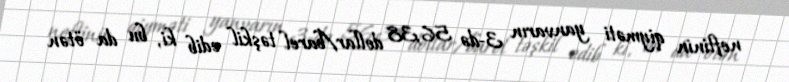
neftinin qiyməti yanvarın 3-də 56,38 dollar/barel təşkil edib ki, bu da ötən